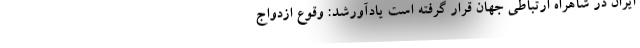
ایران در شاهراه ارتباطی جهان قرار گرفته است یادآورشد: وقوع ازدواج